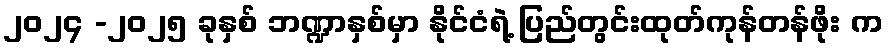
၂၀၂၄ -၂၀၂၅ ခုနှစ် ဘဏ္ဍာနှစ်မှာ နိုင်ငံရဲ့ ပြည်တွင်းထုတ်ကုန်တန်ဖိုး က